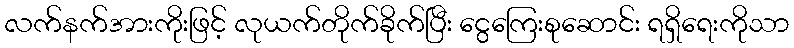
လက်နက်အားကိုးဖြင့် လုယက်တိုက်ခိုက်ပြီး ငွေကြေးစုဆောင်း ရရှိရေးကိုသာ